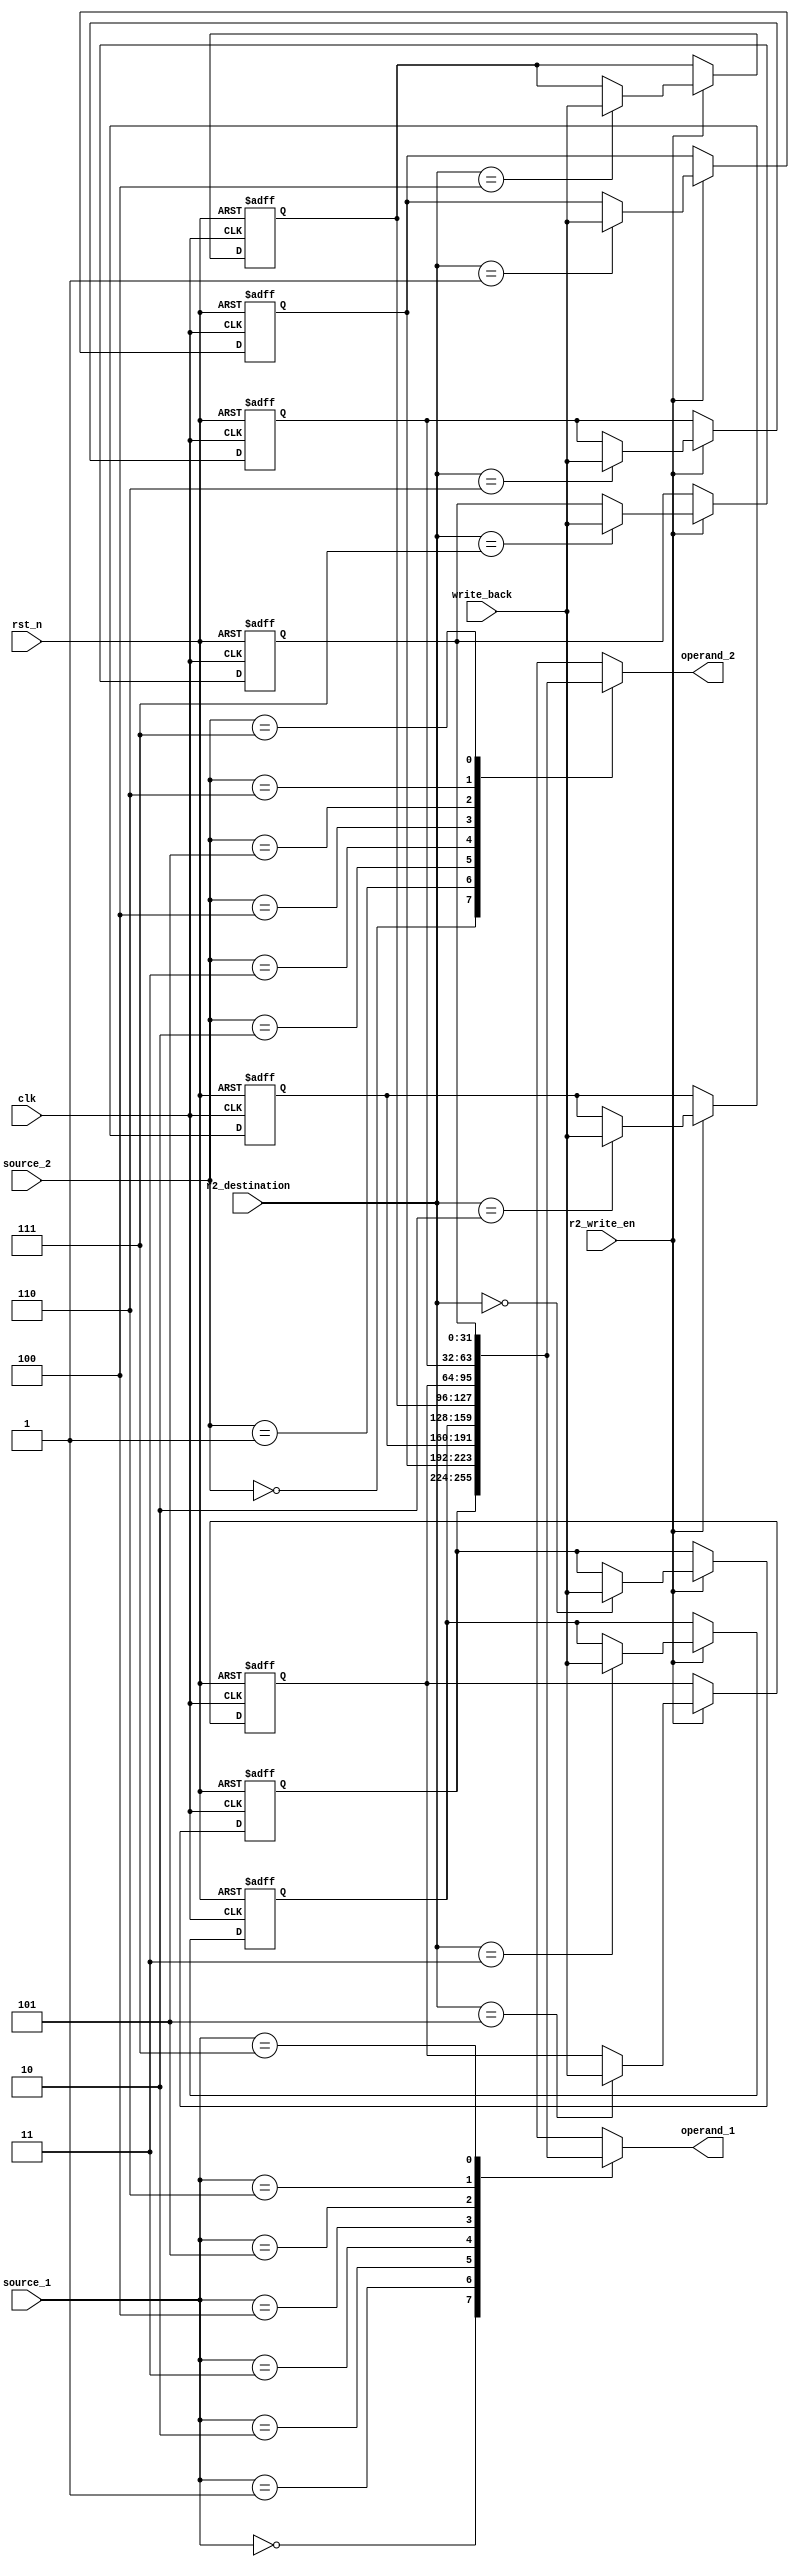
module registers
#(
   parameter D_SIZE = 32
)
(
// general
   input               rst_n         , // active 0
   input               clk           ,
// special
   input               r2_write_en   , // active 1
   input         [2:0] r2_destination,
   input  [D_SIZE-1:0] write_back    ,
   input         [2:0] source_1      ,
   input         [2:0] source_2      ,
   output [D_SIZE-1:0] operand_1     ,
   output [D_SIZE-1:0] operand_2
);


integer i;
reg [D_SIZE-1:0] registers[0:7]; // GENERAL PURPOSE REGISTERS


always@(posedge clk or negedge rst_n)
   if(!rst_n)
      for(i = 0; i <= 7; i = i + 1)
         registers[i] <= 0;
   else if(r2_write_en)
      registers[r2_destination] <= write_back;


assign operand_1 = registers[source_1];
assign operand_2 = registers[source_2];


endmodule